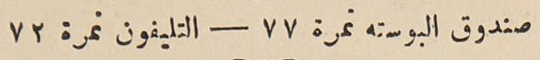
صندوق البوسته نمرة ٧٧ – التليفون نمرة ٧٢